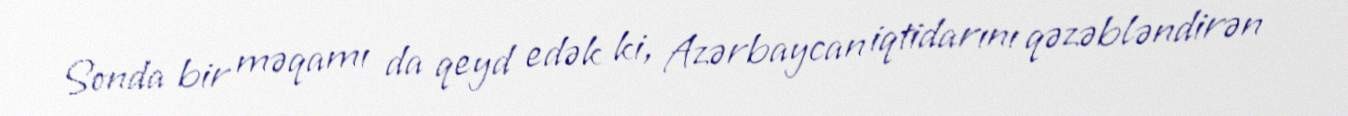
Sonda bir məqamı da qeyd edək ki, Azərbaycan iqtidarını qəzəbləndirən